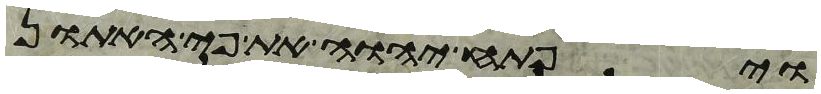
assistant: ויפתח יהוה את פי האתון